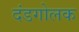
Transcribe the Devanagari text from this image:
दंडगोलक